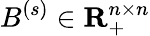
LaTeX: B^{(s)}\in\mathbf{R}_{+}^{n\times n}